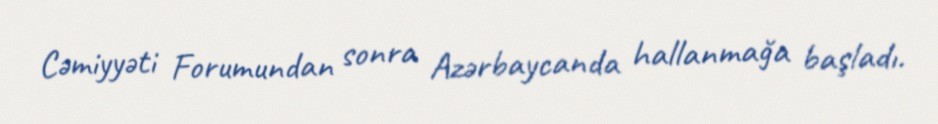
Cəmiyyəti Forumundan sonra Azərbaycanda hallanmağa başladı.